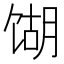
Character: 𫗫